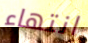
انتهاء